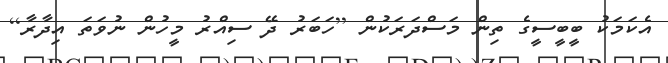
އެކަމަކު ބީބީސީގެ ތިން މަސްދަރަކުން [ހަބަރު ދޭ ސިއްރު މީހުން ނުވަތަ އިދާރާ]